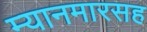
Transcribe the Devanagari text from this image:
म्यानमारसह